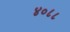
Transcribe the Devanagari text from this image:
४०८८